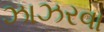
ઝાઝરવા